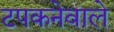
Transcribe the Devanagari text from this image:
टपकनेवाले